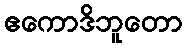
ဧကောဒိဘူတော